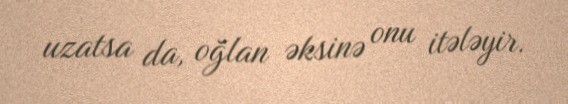
uzatsa da, oğlan əksinə onu itələyir.